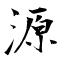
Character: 源